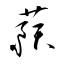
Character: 蕷